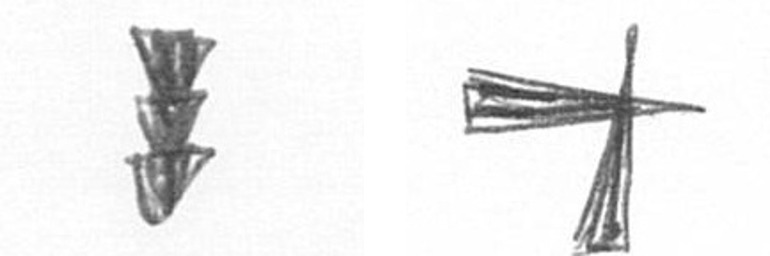
E G